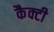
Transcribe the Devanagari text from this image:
कैक्टी